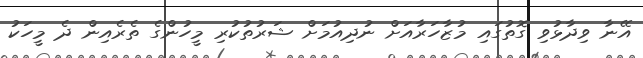
އޭނާ ވިދާޅުވި ގޮތުގައި މުޒާހަރާއަށް ނުދިއުމަށް ޝަރުތުކުރި މީހުންގެ ތެރެއިން ދެ މީހަކު